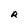
Character: R